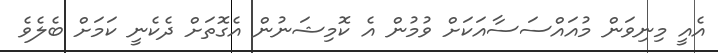
އެއީ މިނިވަން މުއައްސަސާއަކަށް ވުމުން އެ ކޮމިޝަނުން އެގޮތަށް ދެކެނީ ކަމަށް ބެލެވެ